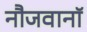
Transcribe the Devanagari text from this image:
नौजवानॉ